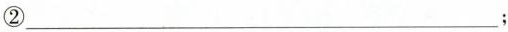
②___；